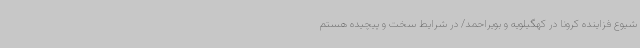
شیوع فزاینده کرونا در کهگیلویه و بویراحمد/ در شرایط سخت و پیچیده هستم